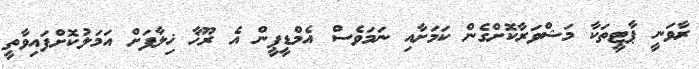
ރާވަނީ ޕާޓީތަކާ މަޝްވަރާކޮށްގެން ކަމަށާއި ނަމަވެސް އެމްޑީޕީން އެ ރޫޚާ ޚިލާފަށް އަމަލުކޮށްފައިވާތީ